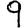
Digit: 9